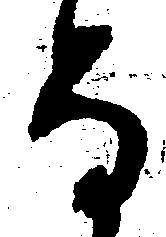
な